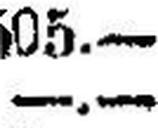
—.—